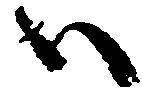
ハ